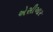
એસીઆર